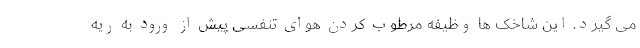
می گیرد. این شاخک ها وظیفه مرطوب کردن هوای تنفسی پیش از ورود به ریه